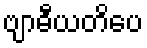
ဗျာဓီယတိပေ